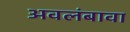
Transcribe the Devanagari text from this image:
अवलंबावा